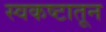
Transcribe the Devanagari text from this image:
स्वकष्टातून